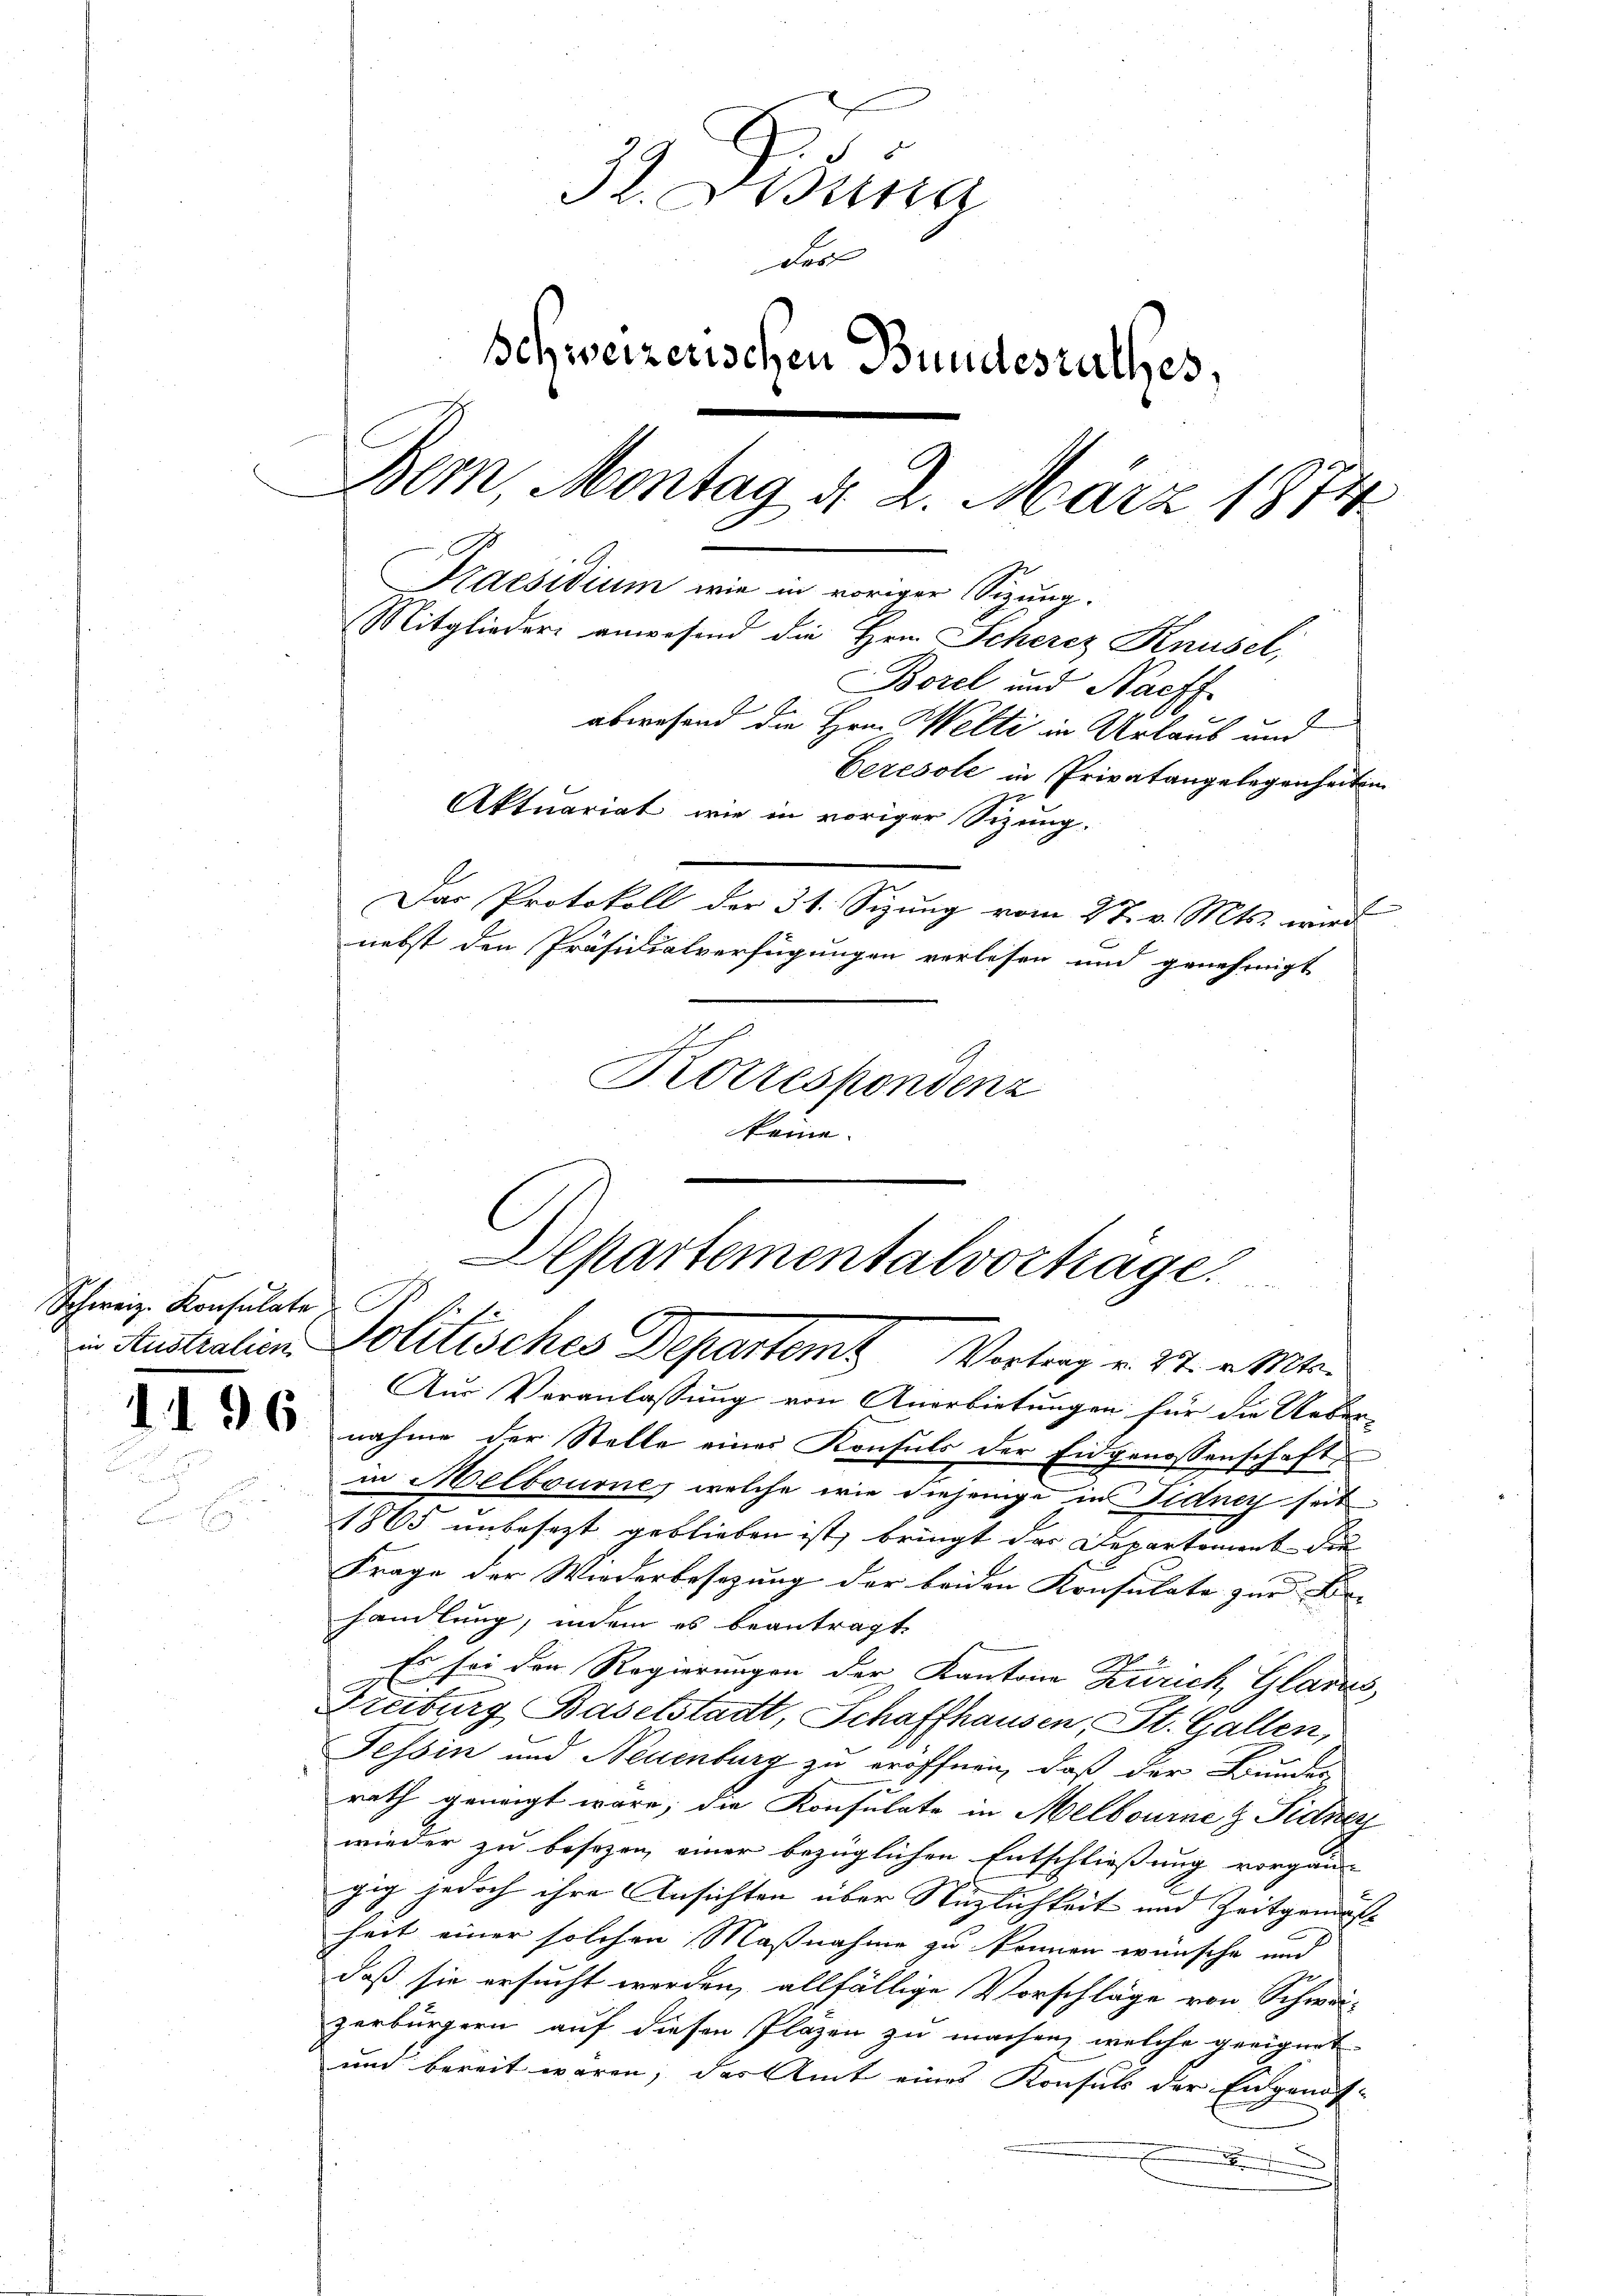
Schweiz. Konsulate.
in Australien

¬

96

32. Dr.
Ritte
das
schweizerischen Bundesrathes,
Bem, Montag d. 2. März 1874.
Praesidium wie in voriger Sitzung.
Mitglieder anwesend die Hrn. Scherez Knüsel,
Borel und Nachf
abwesend die Hrn. Welti in Urlaub und
Ceresole in Privatangelegenheiten
Aktuariat wie in voriger Sizung.
Das Protokoll der 31. Sizung vom 27. v. Mts. wird
nebst den Präsidialverfügungen verlesen und genehmigt

Krottespondenz

keme.

Departementalvorträge.
C
Politisches Departem Vortrag v. 27. v. Mts.

Aus Veranlassung von Anerbietungen für die Ueber-
nahme der Stelle eines Konsuls der Eidgenossenschaft
in Melbourne, welche wie diejenige in Fidney seit
1865 unbesezt geblieben ist, bringt das Departement die
Frage der Wiederbesezung der beiden Konsulato zur Be- |
handlung, indem es beantragt.
Es sei den Regierungen der Kantone Zürich Glarus
Freiburg Baselstadt, Schaffhausen, St. Gallen,
Tessin und Neuenburg zu eröffnen, daß der Bundes
rath geneigt wäre; die Konsulate in Melbourne & Sidney
wieder zu besezen, einer bezüglichen Entschließung vorgan-
gig jedoch ihre Ansichten über Nüzlichkeit und Zeitgemäss
heit einer solchen Maßnahme zu können wünsche und
daß sie ersucht werden, allfällige Vorschläge von Schwei-
zerbürgern auf diesen Plazen zu machen, welche geeignet
und bereit waren, das Amt eines Konsuls der Engenos-
.